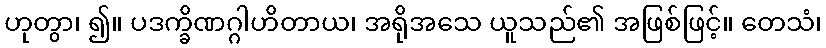
ဟုတွာ၊ ၍။ ပဒက္ခိဏဂ္ဂါဟိတာယ၊ အရိုအသေ ယူသည်၏ အဖြစ်ဖြင့်။ တေသံ၊